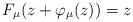
LaTeX: \begin{align*}F_{\mu}(z+\varphi_{\mu}(z))=z\end{align*}